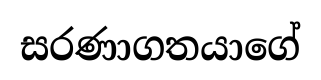
සරණාගතයාගේ